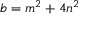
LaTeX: b = m ^ { 2 } + 4 n ^ { 2 }